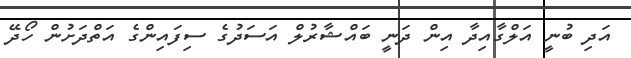
އަދި ބުނީ އަލްގާއިދާ އިން ދަނީ ބައްޝާރުލް އަސަދުގެ ސިފައިންގެ އަތްދަށުން ހޯދޭ